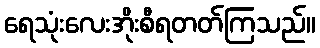
ရေသုံးလေးအိုးစီရတတ်ကြသည်။